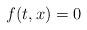
LaTeX: \begin{align*}f(t,x) = 0 \end{align*}